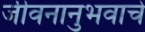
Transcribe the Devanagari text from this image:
जीवनानुभवाचे